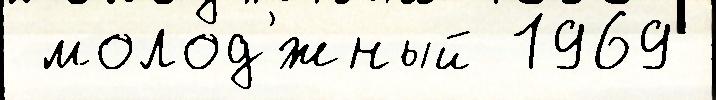
 молод'́жный 1969